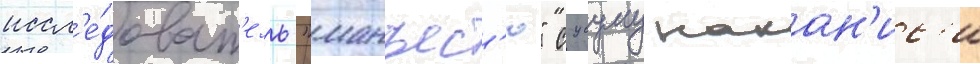
иссл'е́доват'ель "манъес'ю" сусуму накан'ис'и